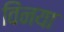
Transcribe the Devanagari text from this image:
विंनया